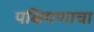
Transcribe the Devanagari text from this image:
पक्षिगणाचा